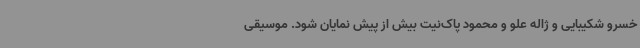
خسرو شکیبایی و ژاله علو و محمود پاک‌نیت بیش‌ از پیش نمایان شود. موسیقی